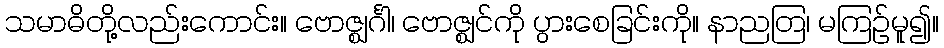
သမာဓိတို့လည်းကောင်း။ ဗောဇ္ဈင်္ဂါ၊ ဗောဇ္ဈင်ကို ပွားစေခြင်းကို။ နာညတြ၊ မကြဉ်မူ၍။